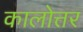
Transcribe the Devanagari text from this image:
कालोत्तर